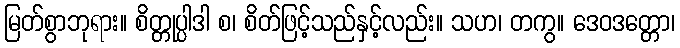
မြတ်စွာဘုရား။ စိတ္တုပ္ပါဒါ စ၊ စိတ်ဖြင့်သည်နှင့်လည်း။ သဟ၊ တကွ။ ဒေဝဒတ္တော၊